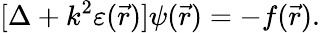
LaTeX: [\Delta+k^{2}\varepsilon(\vec{r})]\psi(\vec{r})=-f(\vec{r}).